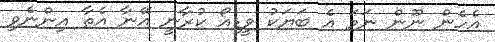
އެހެން ނޫން ނަމަ އެ ބަޔަކު ވީޑިއޯ ކުރާނީ އޭނާ އެތާ އިންނެވި